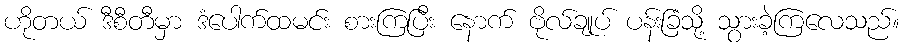
ဟိုတယ် ဒီစီတီမှာ ဒံပေါက်ထမင်း စားကြပြီး နောက် ဗိုလ်ချုပ် ပန်းခြံသို့ သွားခဲ့ကြလေသည်။